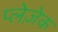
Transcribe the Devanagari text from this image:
प्लेज़ेक